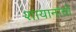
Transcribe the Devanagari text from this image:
शायानांची